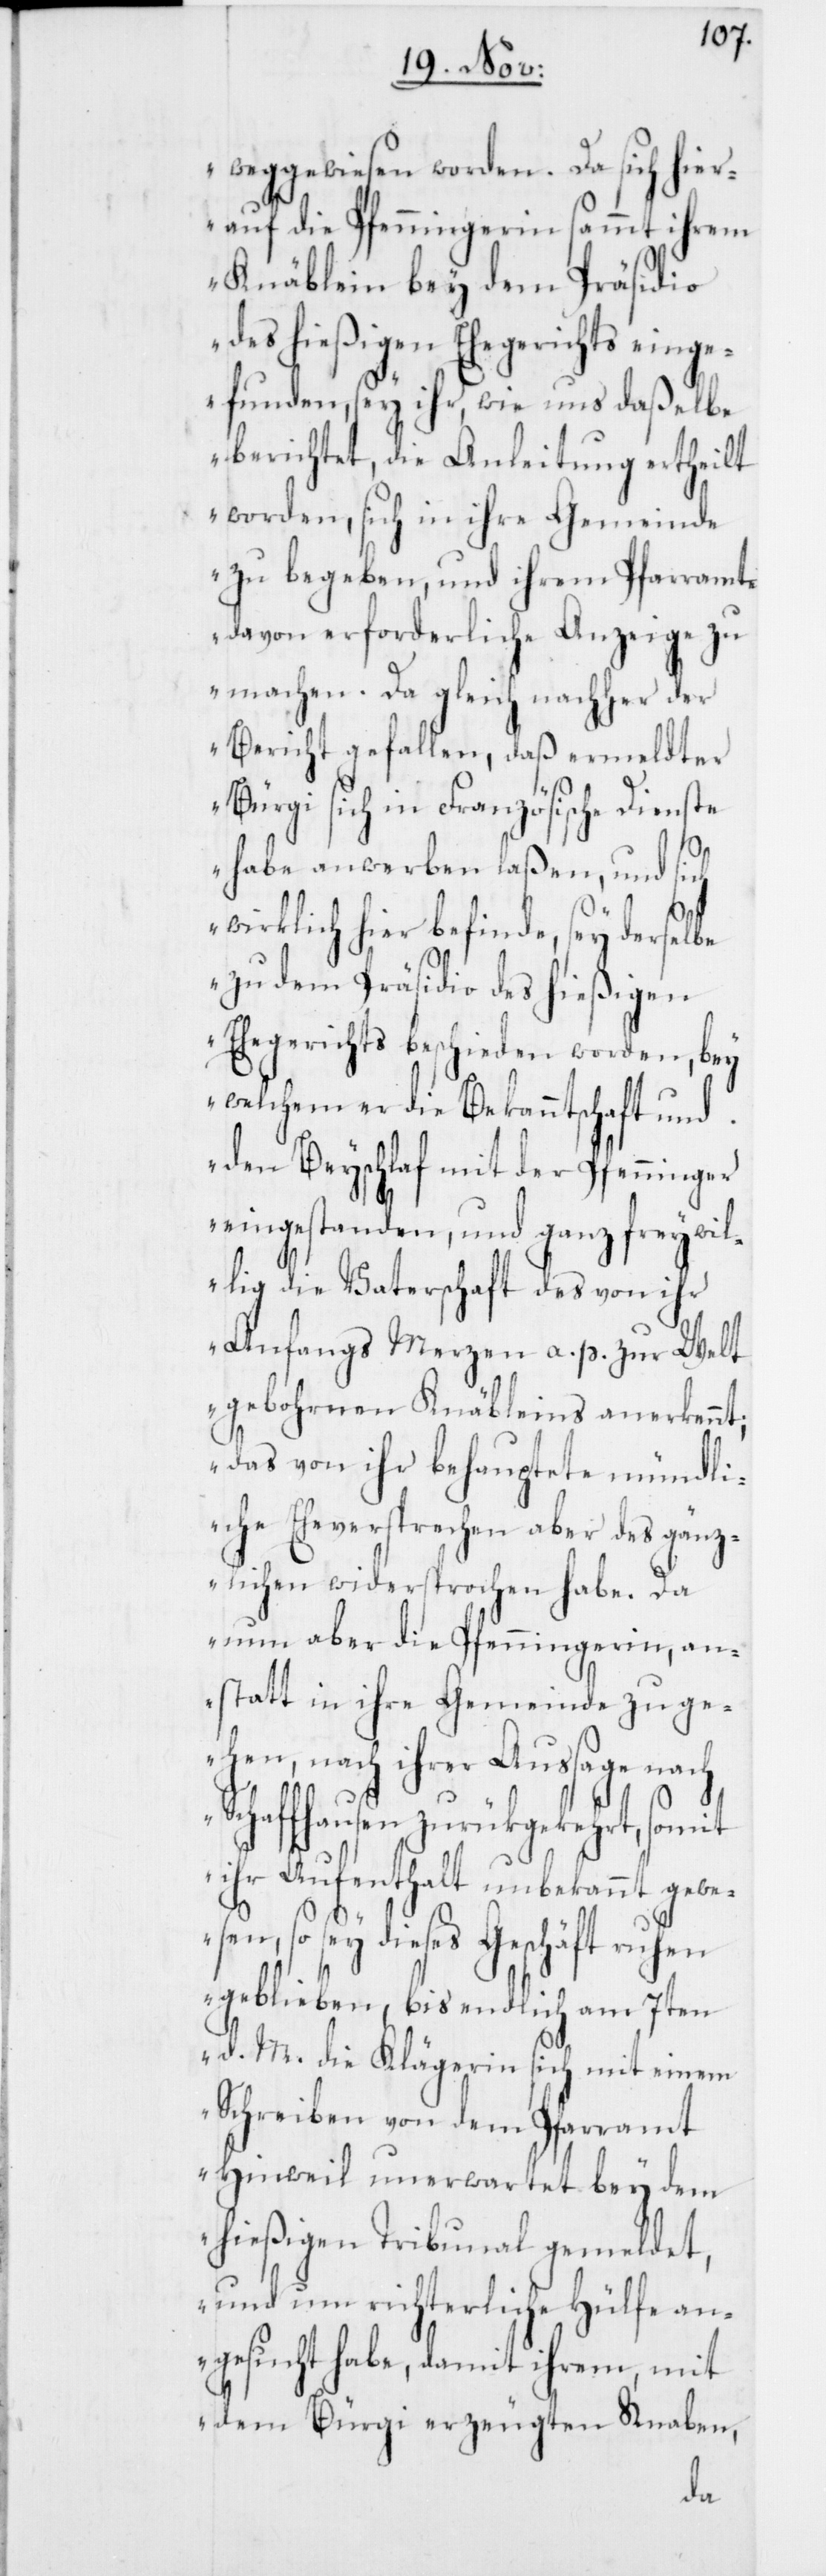
weggewiesen worden. Da sich hier¬
auf die Pfenningerin sammt ihrem
Knäblein bey dem Präsidio
des hießigen Ehegerichts einge¬
funden, sey ihr, wie uns daßelbe
berichtet, die Anleitung ertheilt
worden, sich in ihre Gemeinde
zu begeben und ihrem Pfarramte
davon erforderliche Anzeige zu
machen. Da gleich nachher der
Bericht gefallen, daß ermeldter
Bürgi sich in Französische Dienste
habe anwerben laßen und sich
wirklich hier befinde, sey derselbe
zu dem Präsidio des hießigen
Ehegerichts beschieden worden, bey
welchem er die Bekanntschaft und
den Beyschlaf mit der Pfenninger
eingestanden, und ganz freywil¬
lig die Vaterschaft des von ihr
anfangs Merzen a. p. zur Welt
gebohrnen Knäbleins anerkennt;
das von ihr behauptete mündli¬
che Eheversprechen aber des gänz¬
lichen widersprochen habe. Da
nun aber die Pfenningerin, an¬
statt in ihre Gemeinde zu ge¬
hen, nach ihrer Aussage nach
Schaffhausen zurükgekehrt, somit
ihr Aufenthalt unbekannt gew¬
esen, so sey dieses Geschäft ruhen
geblieben, bis endlich am 7ten
d. M. die Klägerin sich mit einem
Schreiben von dem Pfarramt
Hinweil unerwartet bey dem
hießigen Tribunal gemeldet,
und um richterliche Hülfe an¬
gesucht habe, damit ihrem, mit
dem Bürgi erzeugten Knaben,